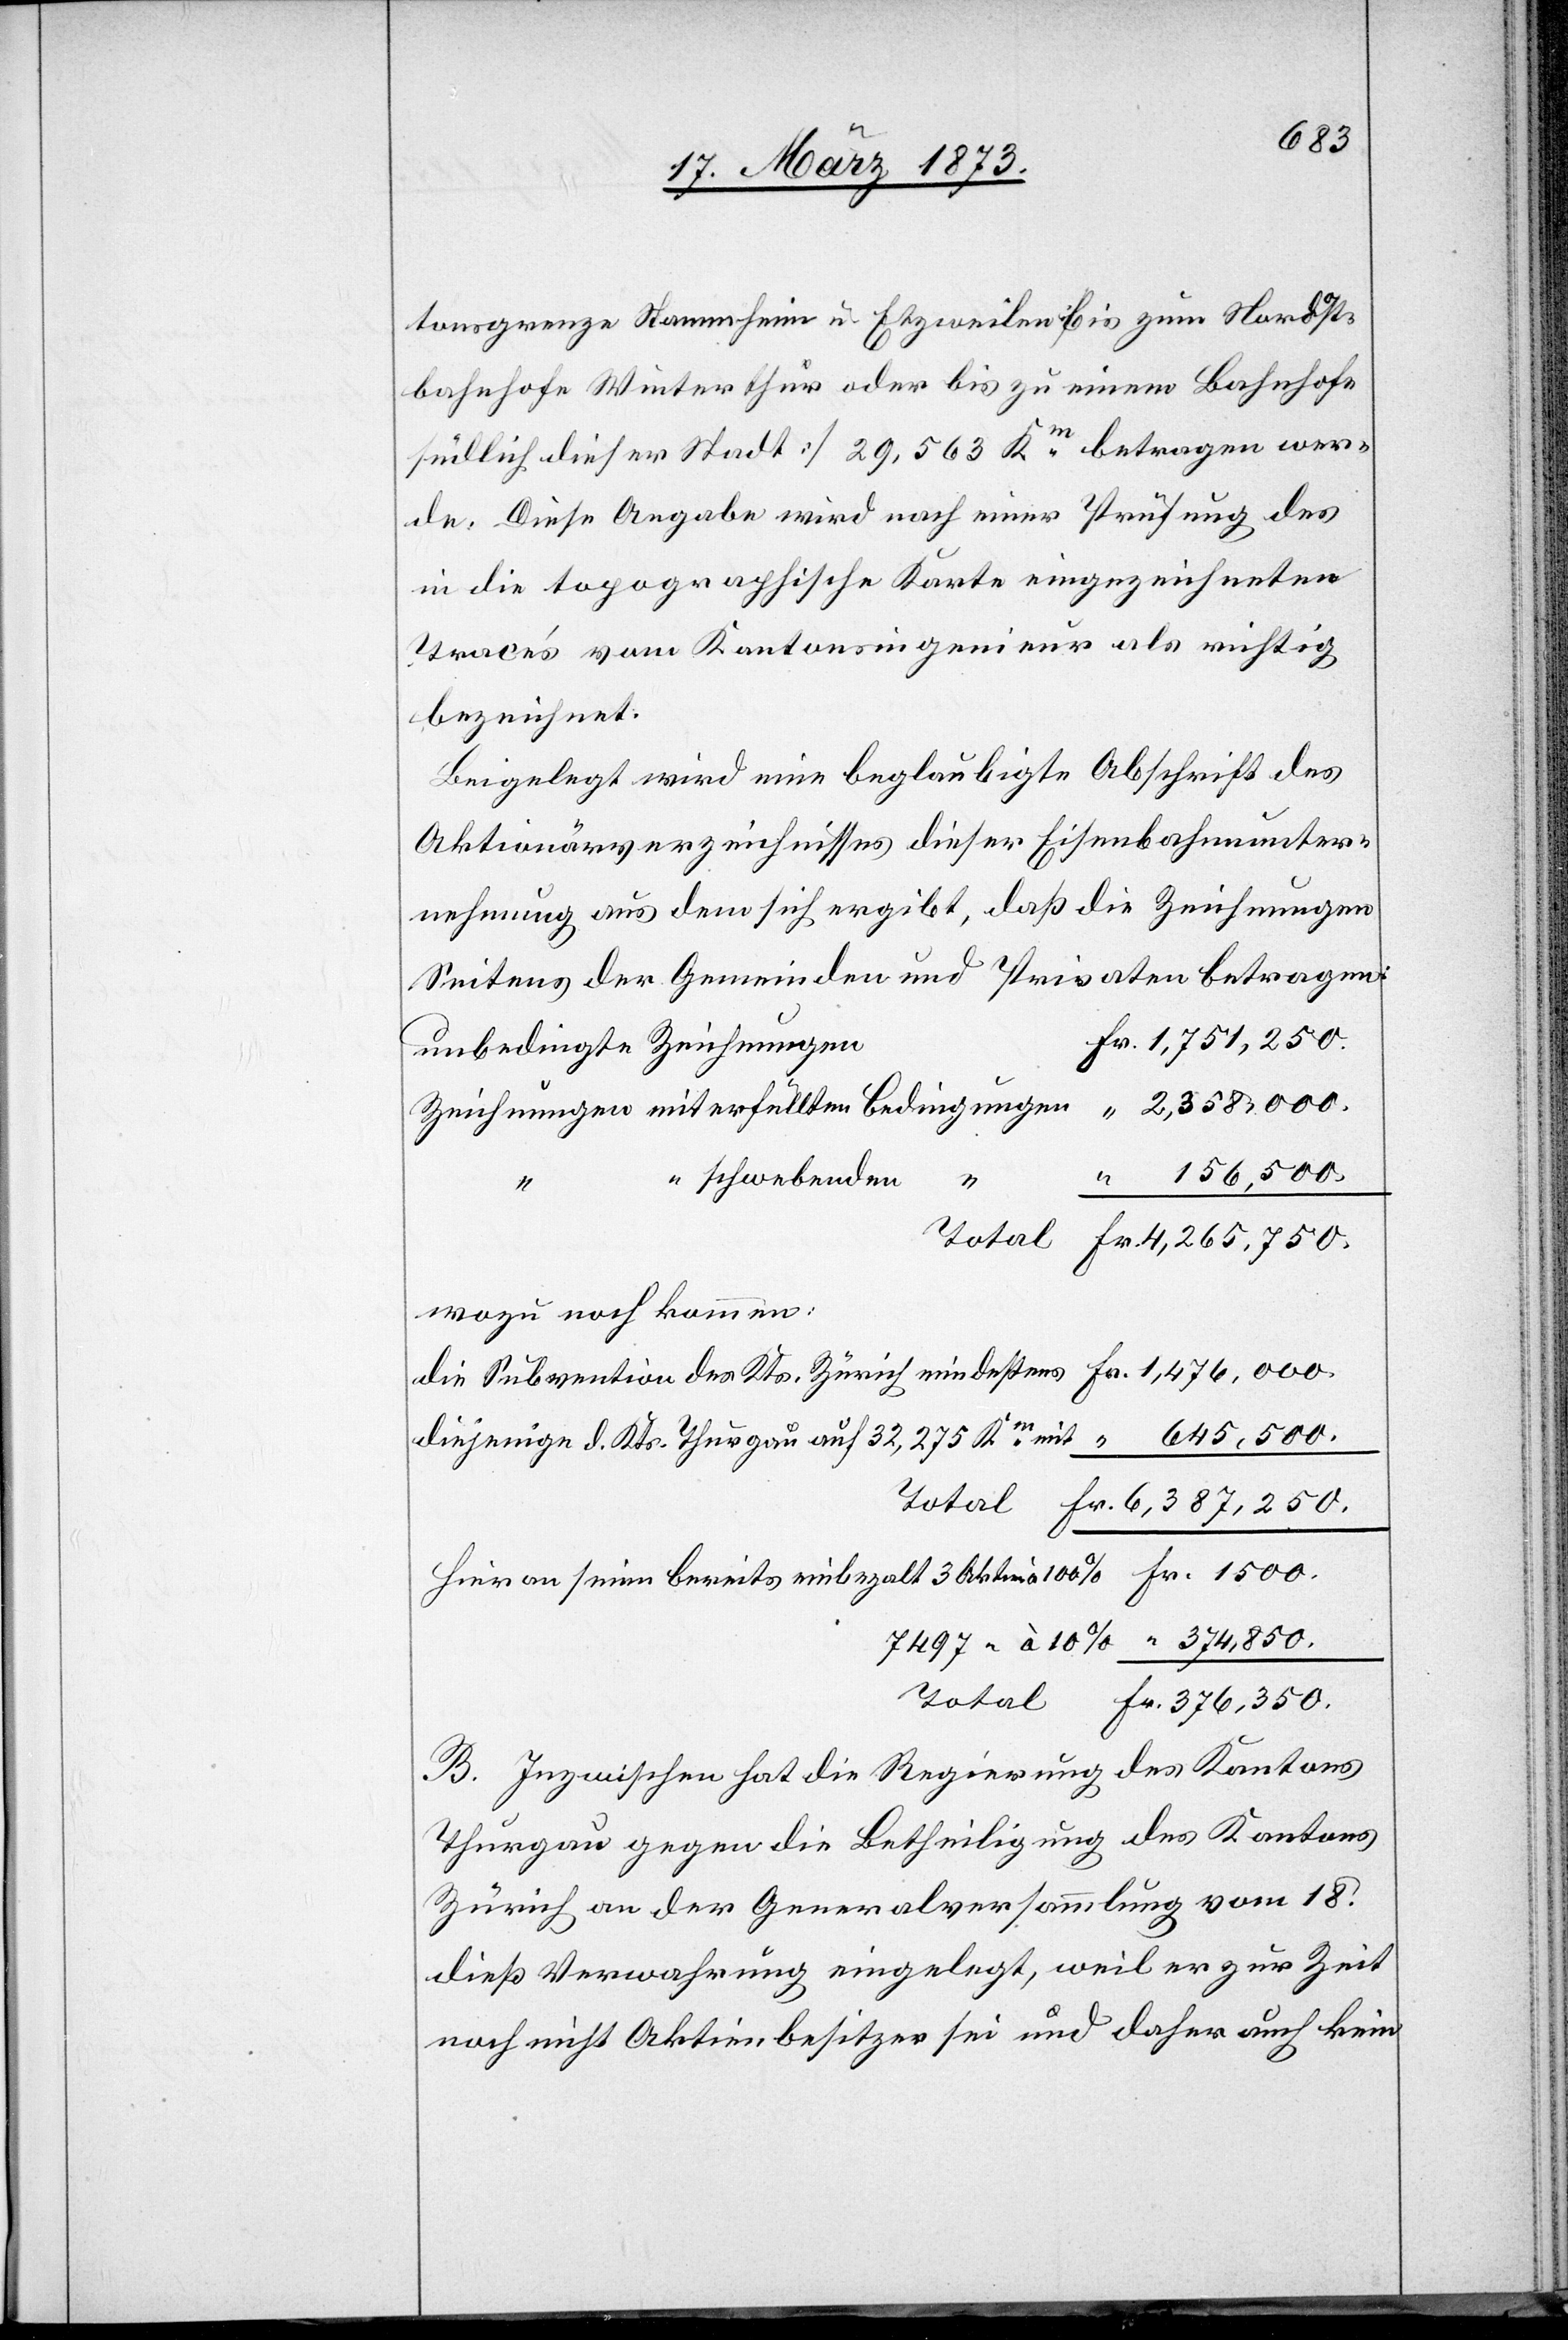
tonsgrenze Stammheim u. Etzweilen bis zum Nordost¬
bahnhofe Winterthur oder bis zu einem Bahnhofe
südlich dieser Stadt] 29,563 Km betragen wer¬
de. Diese Angabe wird nach einer Prüfung des
in die topographische Karte eingezeichneten
Trace’s vom Kantonsingenieur als richtig
bezeichnet.
Beigelegt wird eine beglaubigte Abschrift des
Aktionärverzeichnisses dieser Eisenbahnunter¬
nehmung[,] aus dem sich ergibt, daß die Zeichnungen
Seitens der Gemeinden und Privaten betragen:
n	Fr. 1,751,250.
unbedingte Zeichnunge¬
Zeichnungen mit erfüllten Bedingungen	 “ 2,358,000.
“ 156,500.
“ schwebenden
Total Fr. 4,265,750.
wozu noch kommen:
die Subvention des Kts. Zürich mindestens	Fr. 1,476,000.
diejenige d. Kts. Thurgau auf 32,275 Km mit	 “ 645,500.
Total Fr. 6,387,250.
Hieran seien bereits einbezahlt 3 Aktien à 100%	Fr. 1500.
7497 “ à 10%	 “ 374,850.
Total Fr. 376,350.
B. Inzwischen hat die Regierung des Kantons
Thurgau gegen die Betheiligung des Kantons
Zürich an der Generalversammlung vom 18.
dieß Verwahrung eingelegt, weil er zur Zeit
noch nicht Aktienbesitzer sei und daher auch kein